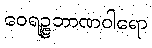
ဝေရဉ္ဇဘာဏဝါရော